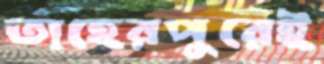
তাহেরপুরেই